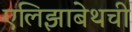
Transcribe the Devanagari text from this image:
एलिझाबेथची